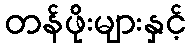
တန်ဖိုးများနှင့်